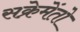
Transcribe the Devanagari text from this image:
सक्रेमेंतो